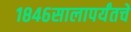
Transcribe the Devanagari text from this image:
१८४६सालापर्यंतचे